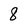
Character: 8